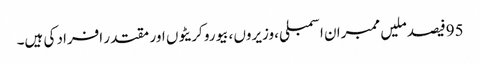
95فیصد ملیں ممبران اسمبلی ،وزیروں ،بیورو کریٹوں اور مقتدر افراد کی ہیں۔